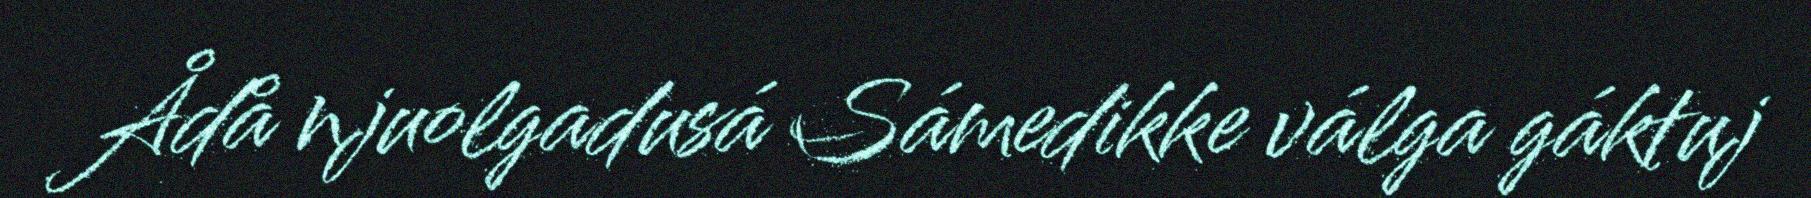
Ådå njuolgadusá Sámedikke válga gáktuj